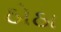
ઠોઠા